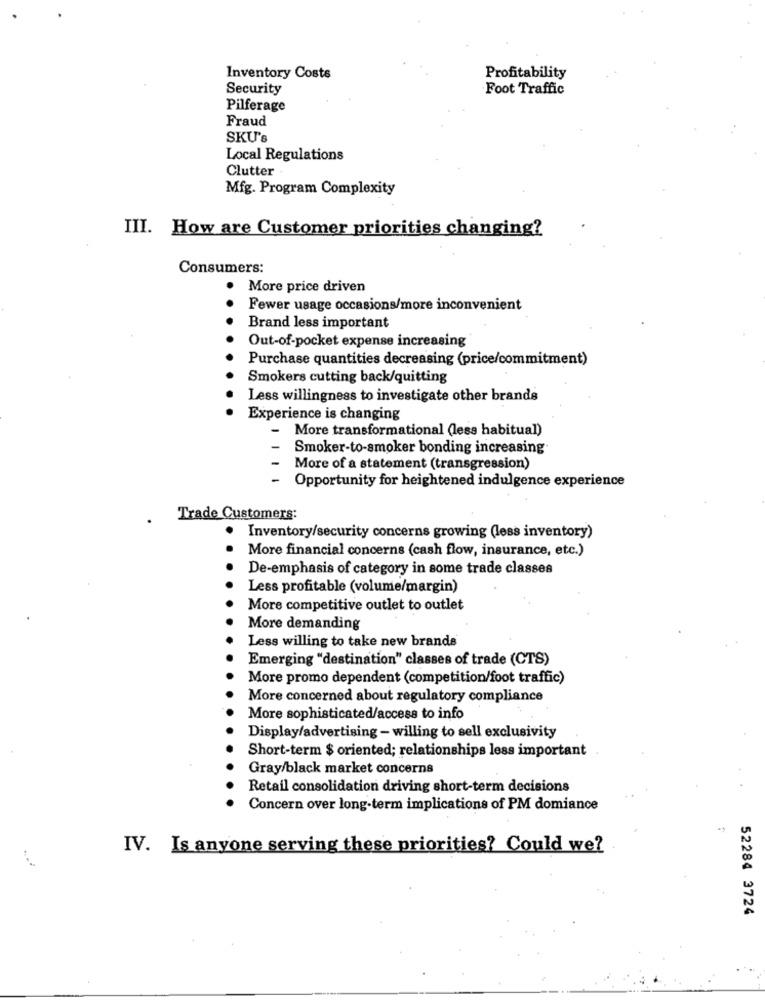
Inventory Costs
Profitability
Security
Foot Traffic
Pilferage
Fraud
SKU's
Local Regulations
Clutter
Mfg. Program Complexity
III. How are Customer priorities changing?
Consumers:
More price driven
Fewer usage occasions/more inconvenient
Brand less important
Out-of-pocket expense increasing
Purchase quantities decreasing (price/commitment)
Smokers cutting back/quitting
Less willingness to investigate other brands
Experience is changing
More transformational (less habitual)
Smoker-to-smoker bonding increasing
More of a statement (transgression)
Opportunity for heightened indulgence experience
Trade Customers:
· Inventory/security concerns growing (less inventory)
More financial concerns (cash flow, insurance, etc.)
De-emphasis of category in some trade classes
Less profitable (volume/margin)
More competitive outlet to outlet
More demanding
Less willing to take new brands
Emerging "destination" classes of trade (CTS)
More promo dependent (competition/foot traffic)
More concerned about regulatory compliance
More sophisticated/access to info
Display/advertising - willing to sell exclusivity
Short-term $ oriented; relationships less important
Gray/black market concerns
Retail consolidation driving short-term decisions
Concern over long-term implications of PM domiance
IV. Is anyone serving these priorities? Could we?
52284 3724